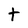
Character: t